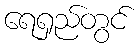
ရေရှည်တွင်